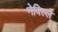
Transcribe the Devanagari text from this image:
नेविल्ले